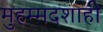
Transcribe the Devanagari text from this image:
मुहम्मदशाही